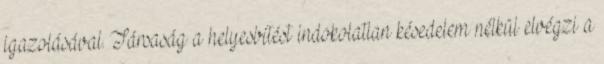
igazolásával. Társaság a helyesbítést indokolatlan késedelem nélkül elvégzi a